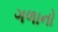
ગળાનો